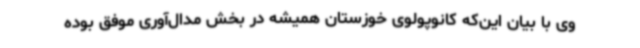
وی با بیان این‌که کانوپولوی خوزستان همیشه در بخش مدال‌آوری موفق بوده